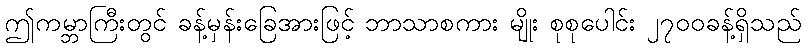
ဤကမ္ဘာကြီးတွင် ခန့်မှန်းခြေအားဖြင့် ဘာသာစကား မျိုး စုစုပေါင်း ၂၇၀၀ခန့်ရှိသည်